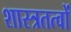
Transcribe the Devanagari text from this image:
शास्त्रतत्वों